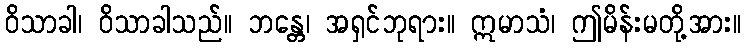
ဝိသာခါ၊ ဝိသာခါသည်။ ဘန္တေ၊ အရှင်ဘုရား။ ဣမာသံ၊ ဤမိန်းမတို့အား။